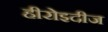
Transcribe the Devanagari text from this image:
हीरोइदीज